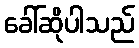
ခေါ်ဆိုပါသည်